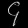
Digit: ၄